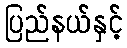
ပြည်နယ်နှင့်